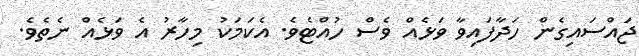
ޖައްސައިގެން ހަދާފައިވާ ވަޅެއް ވެސް ހުއްޓެވެ. އެކަމަކު މިހާރު އެ ވަޅެއް ނެތެވެ.